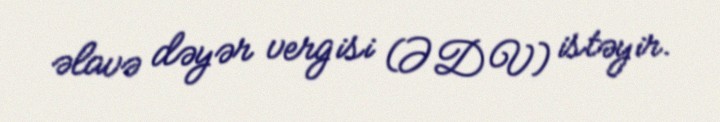
əlavə dəyər vergisi (ƏDV) istəyir.